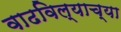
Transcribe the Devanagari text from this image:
वाढविल्याच्या